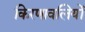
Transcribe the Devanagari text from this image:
किरणावलियों